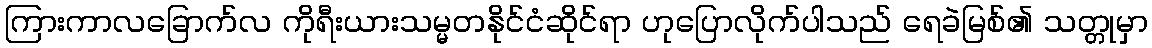
ကြားကာလခြောက်လ ကိုရီးယားသမ္မတနိုင်ငံဆိုင်ရာ ဟုပြောလိုက်ပါသည် ရေခဲမြစ်၏ သတ္တုမှာ